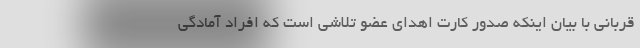
قربانی با بیان اینکه صدور کارت اهدای عضو تلاشی است که افراد آمادگی